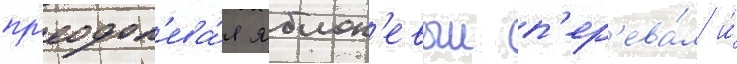
пр'еодол'ева́я яблон'евыи п'ер'ева́л и́